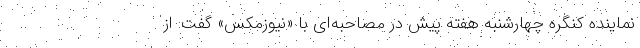
نماینده کنگره چهارشنبه هفته پیش در مصاحبه‌ای با «نیوزمکس» گفت: از